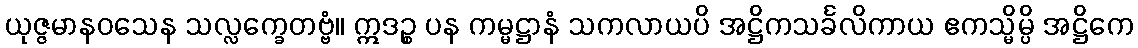
ယုဇ္ဇမာနဝသေန သလ္လက္ခေတဗ္ဗံ။ ဣဒဉ္စ ပန ကမ္မဋ္ဌာနံ သကလာယပိ အဋ္ဌိကသင်္ခလိကာယ ဧကသ္မိမ္ပိ အဋ္ဌိကေ